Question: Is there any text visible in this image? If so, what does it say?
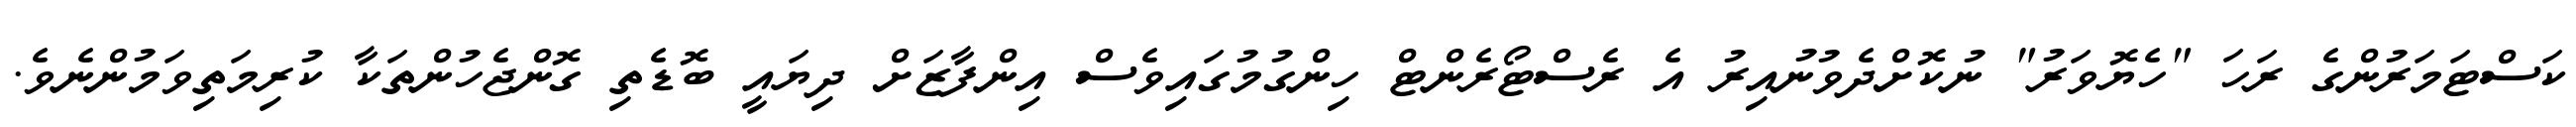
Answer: ކަސްޓަމަރުންގެ ރަހަ "ހެޔޮވަރު" ނުކޮށްދެވުނުއިރު އެ ރެސްޓޯރެންޓް ހިންގުމުގައިވެސް އިންފާޒަށް ދިޔައީ ބޮޑެތި ގޮންޖެހުންތަކާ ކުރިމަތިވަމުންނެވެ.